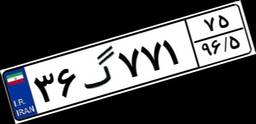
۳۶گ۷۷۱۷۵